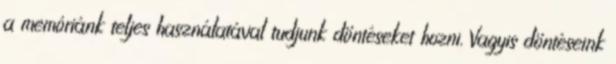
a memóriánk teljes használatával tudjunk döntéseket hozni. Vagyis döntéseink